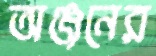
অঞ্জনের